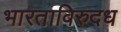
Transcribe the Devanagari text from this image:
भारताविरुदध